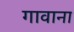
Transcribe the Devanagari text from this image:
गावाना